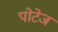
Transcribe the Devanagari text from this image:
पोटेज